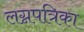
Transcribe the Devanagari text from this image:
लग्नपत्रिका